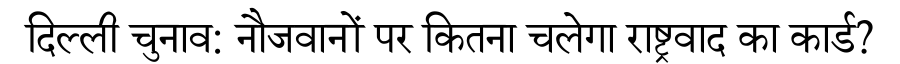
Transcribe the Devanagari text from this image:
दिल्ली चुनाव: नौजवानों पर कितना चलेगा राष्ट्रवाद का कार्ड?